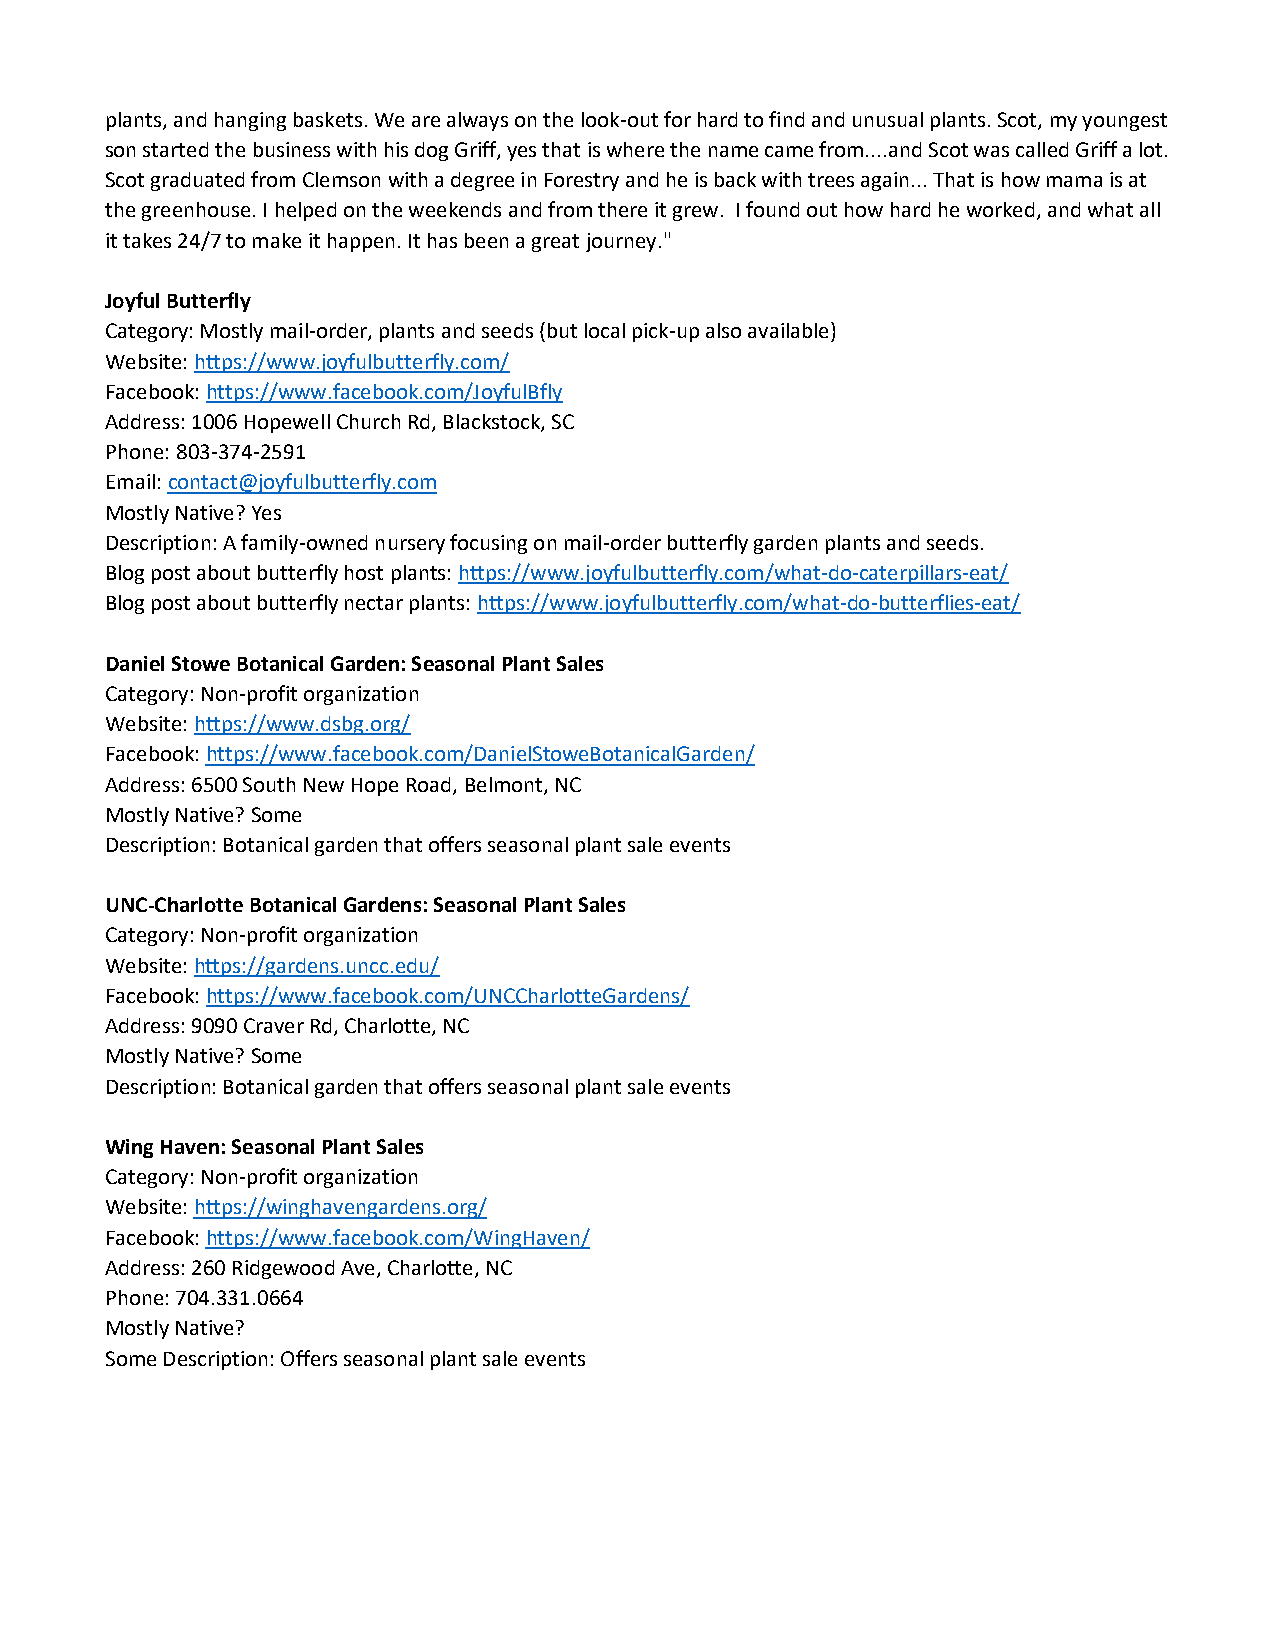
plants, and hanging baskets. We are always on the look-out for hard to find and unusual plants. Scot, my youngest
 son started the business with his dog Griff, yes that is where the name came from....and Scot was called Griff a lot.
 Scot graduated from Clemson with a degree in Forestry and he is back with trees again... That is how mama is at
 the greenhouse. I helped on the weekends and from there it grew. I found out how hard he worked, and what all
 it takes 24/7 to make it happen. It has been a great journey."
 Joyful Butterfly
 Category: Mostly mail-order, plants and seeds (but local pick-up also available)
 Website: https://www.joyfulbutterfly.com/
 Facebook: https://www.facebook.com/JoyfulBfly
 Address: 1006 Hopewell Church Rd, Blackstock, SC
 Phone: 803-374-2591
 Email: contact@joyfulbutterfly.com
 Mostly Native? Yes
 Description: A family-owned nursery focusing on mail-order butterfly garden plants and seeds.
 Blog post about butterfly host plants: https://www.joyfulbutterfly.com/what-do-caterpillars-eat/
 Blog post about butterfly nectar plants: https://www.joyfulbutterfly.com/what-do-butterflies-eat/
 Daniel Stowe Botanical Garden: Seasonal Plant Sales
 Category: Non-profit organization
 Website: https://www.dsbg.org/
 Facebook: https://www.facebook.com/DanielStoweBotanicalGarden/
 Address: 6500 South New Hope Road, Belmont, NC
 Mostly Native? Some
 Description: Botanical garden that offers seasonal plant sale events
 UNC-Charlotte Botanical Gardens: Seasonal Plant Sales
 Category: Non-profit organization
 Website: https://gardens.uncc.edu/
 Facebook: https://www.facebook.com/UNCCharlotteGardens/
 Address: 9090 Craver Rd, Charlotte, NC
 Mostly Native? Some
 Description: Botanical garden that offers seasonal plant sale events
 Wing Haven: Seasonal Plant Sales
 Category: Non-profit organization
 Website: https://winghavengardens.org/
 Facebook: https://www.facebook.com/WingHaven/
 Address: 260 Ridgewood Ave, Charlotte, NC
 Phone: 704.331.0664
 Mostly Native?
 Some Description: Offers seasonal plant sale events